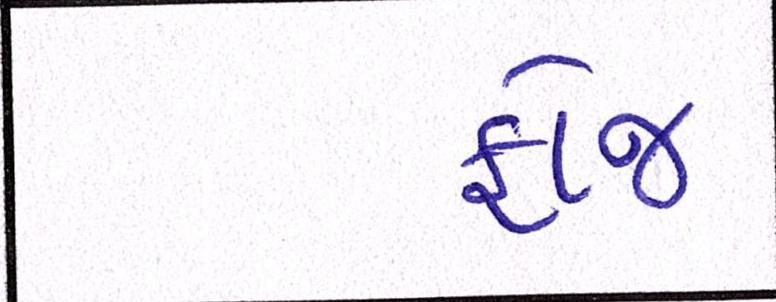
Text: ફોજ